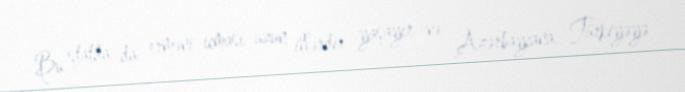
Bu ştatda da erməni icması uzun illərdir yaşayır və Azərbaycana, Türkiyəyə